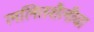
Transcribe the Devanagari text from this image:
ललितशैलीचा